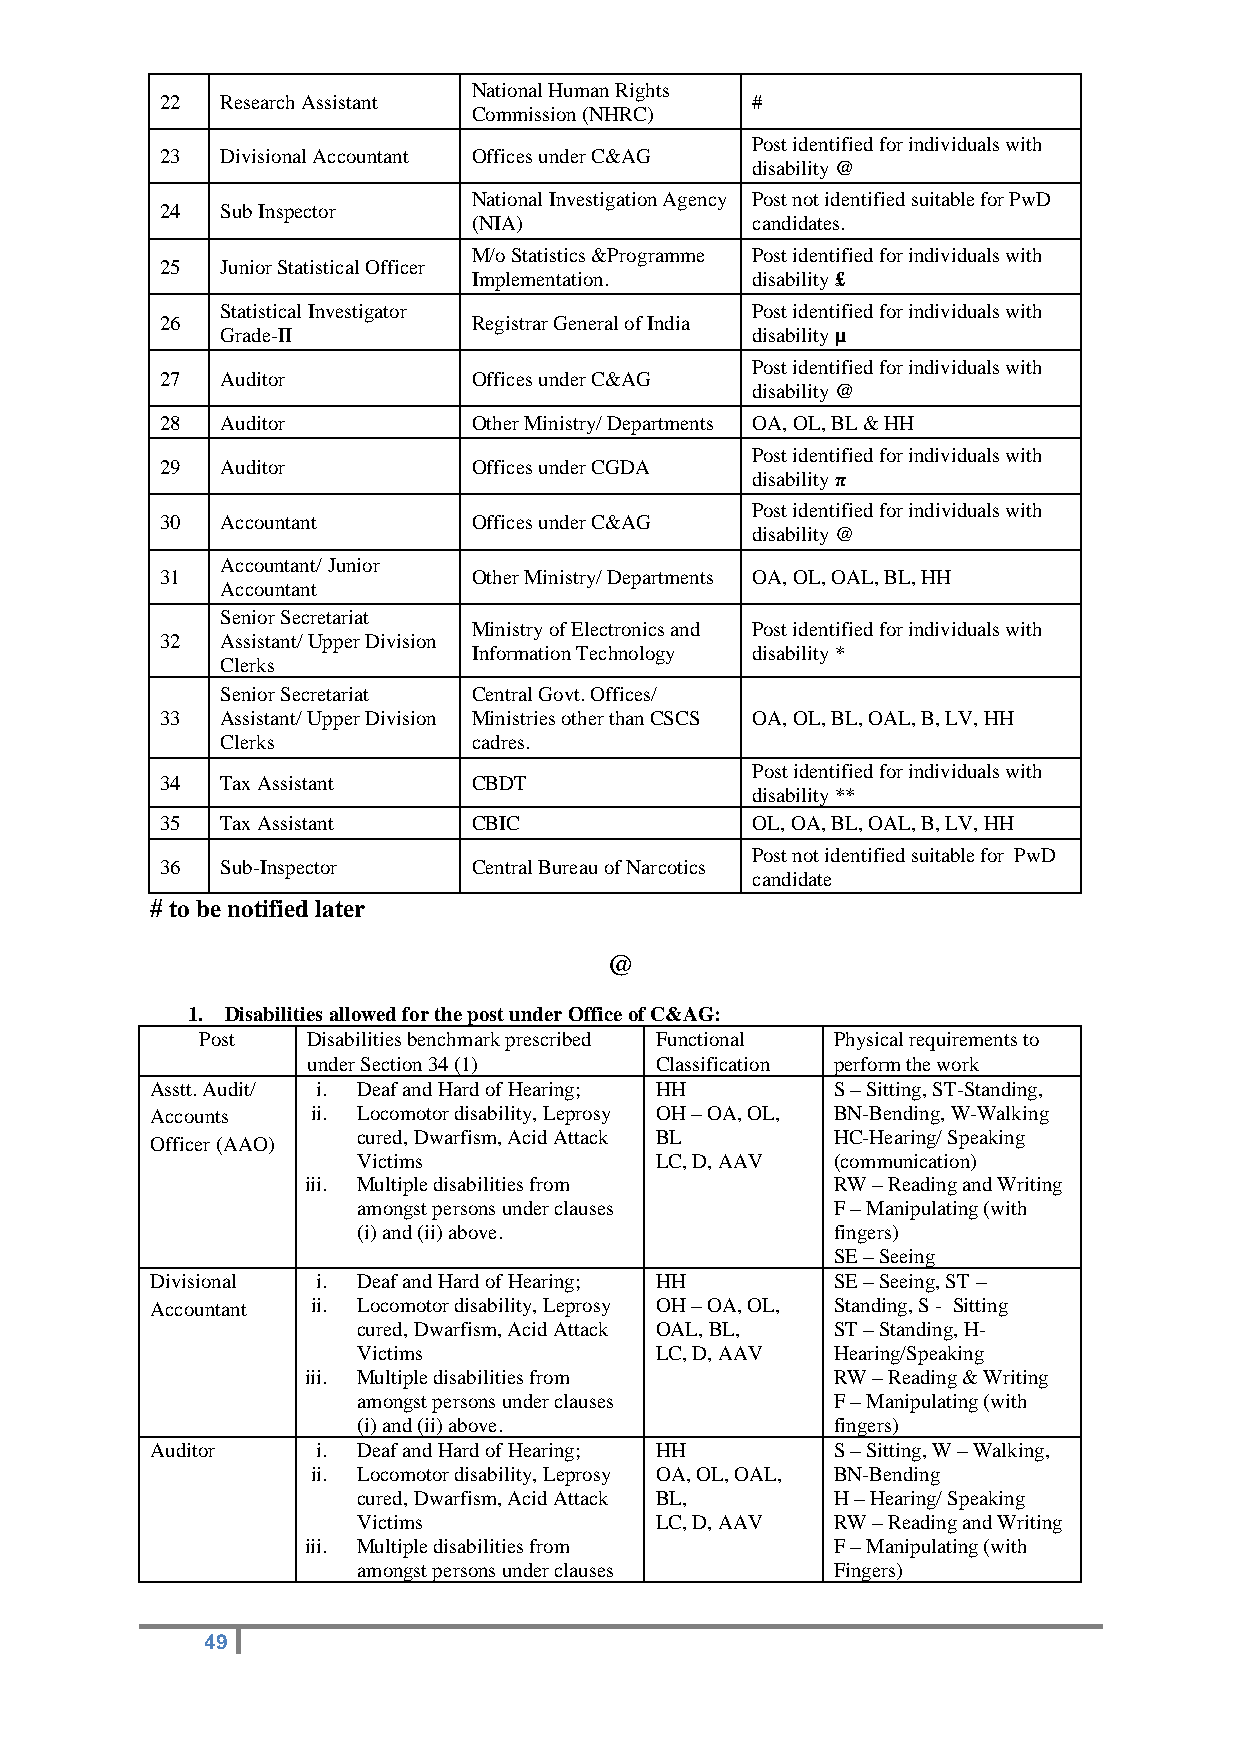
National Human Rights
 22  Research Assistant                 #
 Commission (NHRC)
 Post identified for individuals with
 23  Divisional Accountant Offices under C&AG
 disability @
 National Investigation Agency Post not identified suitable for PwD
 24  Sub Inspector
 (NIA)              candidates.
 M/o Statistics &Programme Post identified for individuals with
 25  Junior Statistical Officer
 Implementation.    disability £
 Statistical Investigator           Post identified for individuals with
 26                  Registrar General of India
 Grade-II                           disability µ
 Post identified for individuals with
 27  Auditor         Offices under C&AG
 disability @
 28  Auditor         Other Ministry/ Departments OA, OL, BL & HH
 Post identified for individuals with
 29  Auditor         Offices under CGDA
 disability π
 Post identified for individuals with
 30  Accountant      Offices under C&AG
 disability @
 Accountant/ Junior
 31                  Other Ministry/ Departments OA, OL, OAL, BL, HH
 Accountant
 Senior Secretariat
 Ministry of Electronics and Post identified for individuals with
 32  Assistant/ Upper Division
 Information Technology disability *
 Clerks
 Senior Secretariat Central Govt. Offices/
 33  Assistant/ Upper Division Ministries other than CSCS OA, OL, BL, OAL, B, LV, HH
 Clerks          cadres.
 Post identified for individuals with
 34  Tax Assistant   CBDT
 disability **
 35  Tax Assistant   CBIC               OL, OA, BL, OAL, B, LV, HH
 Post not identified suitable for PwD
 36  Sub-Inspector   Central Bureau of Narcotics
 candidate
 # to be notified later
 @
 1. Disabilities allowed for the post under Office of C&AG:
 Post   Disabilities benchmark prescribed Functional Physical requirements to
 under Section 34 (1)   Classification perform the work
 Asstt. Audit/ i. Deaf and Hard of Hearing; HH S – Sitting, ST-Standing,
 Accounts   ii. Locomotor disability, Leprosy OH – OA, OL, BN-Bending, W-Walking
 cured, Dwarfism, Acid Attack BL HC-Hearing/ Speaking
 Officer (AAO)
 Victims            LC, D, AAV  (communication)
 iii. Multiple disabilities from    RW – Reading and Writing
 amongst persons under clauses  F – Manipulating (with
 (i) and (ii) above.            fingers)
 SE – Seeing
 Divisional i. Deaf and Hard of Hearing; HH   SE – Seeing, ST –
 Accountant ii. Locomotor disability, Leprosy OH – OA, OL, Standing, S - Sitting
 cured, Dwarfism, Acid Attack OAL, BL, ST – Standing, H-
 Victims            LC, D, AAV  Hearing/Speaking
 iii. Multiple disabilities from    RW – Reading & Writing
 amongst persons under clauses  F – Manipulating (with
 (i) and (ii) above.            fingers)
 Auditor    i. Deaf and Hard of Hearing; HH   S – Sitting, W – Walking,
 ii. Locomotor disability, Leprosy OA, OL, OAL, BN-Bending
 cured, Dwarfism, Acid Attack BL, H – Hearing/ Speaking
 Victims            LC, D, AAV  RW – Reading and Writing
 iii. Multiple disabilities from    F – Manipulating (with
 amongst persons under clauses  Fingers)
 49